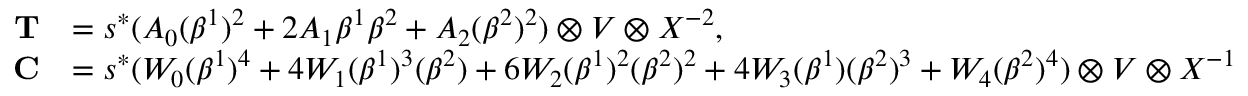
\begin{array} { r l } { \mathbf { T } } & { = s ^ { * } ( A _ { 0 } ( \beta ^ { 1 } ) ^ { 2 } + 2 A _ { 1 } \beta ^ { 1 } \beta ^ { 2 } + A _ { 2 } ( \beta ^ { 2 } ) ^ { 2 } ) \otimes V \otimes X ^ { - 2 } , } \\ { \mathbf { C } } & { = s ^ { * } ( W _ { 0 } ( \beta ^ { 1 } ) ^ { 4 } + 4 W _ { 1 } ( \beta ^ { 1 } ) ^ { 3 } ( \beta ^ { 2 } ) + 6 W _ { 2 } ( \beta ^ { 1 } ) ^ { 2 } ( \beta ^ { 2 } ) ^ { 2 } + 4 W _ { 3 } ( \beta ^ { 1 } ) ( \beta ^ { 2 } ) ^ { 3 } + W _ { 4 } ( \beta ^ { 2 } ) ^ { 4 } ) \otimes V \otimes X ^ { - 1 } } \end{array}